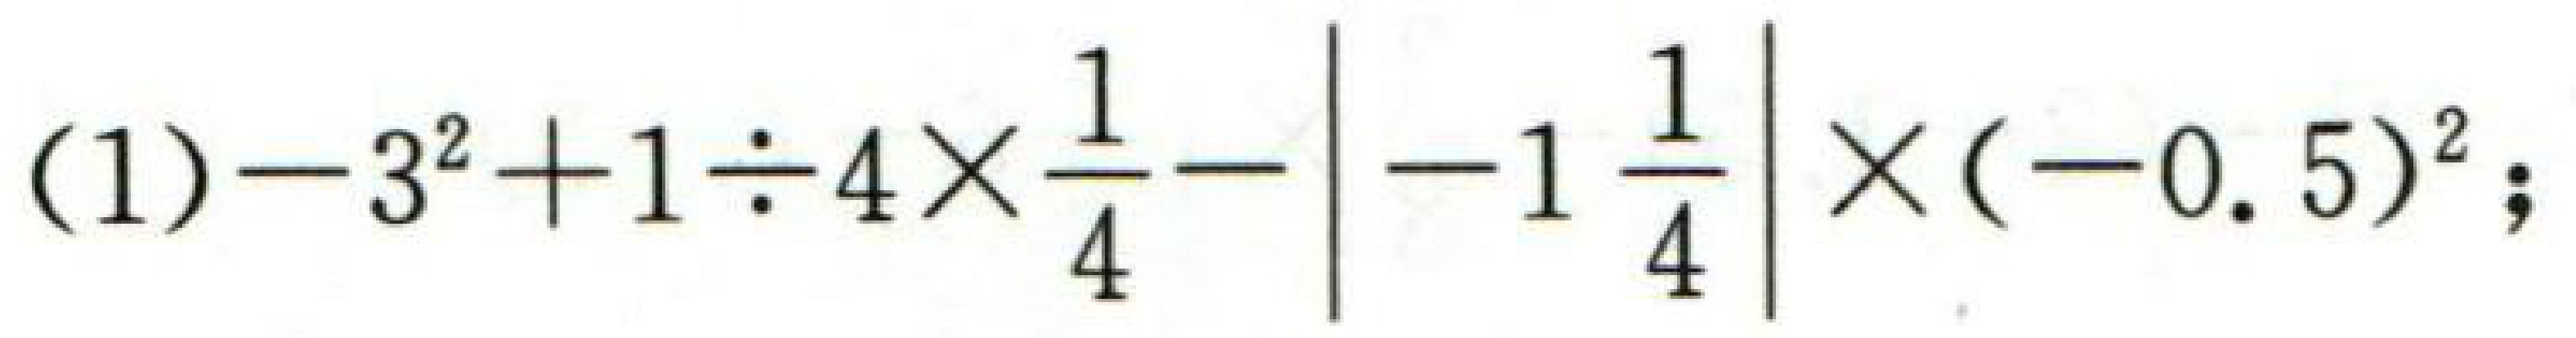
(1)\(-3^{2}+1\div4\times\frac{1}{4}-\left|-1\frac{1}{4}\right|\times(-0.5)^{2};\)